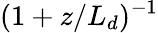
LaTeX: (1+z/L_{d})^{-1}